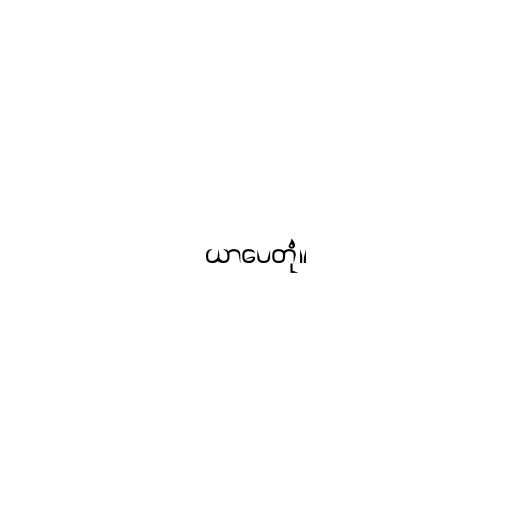
ယာပေတုံ။